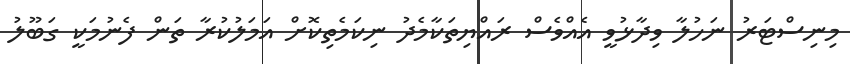
މިނިސްޓަރު ނަހުލާ ވިދާޅުވީ އެއްވެސް ރައްޔިތަކާމެދު ނިކަމެތިކޮށް އަމަލުކުރާ ތަން ފެނުމަކީ ގަބޫލު